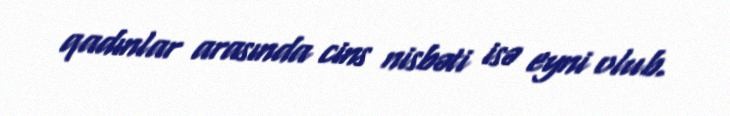
qadınlar arasında cins nisbəti isə eyni olub.